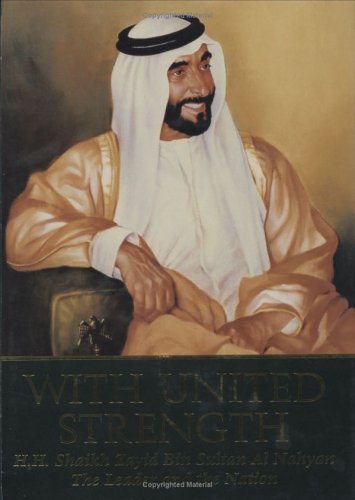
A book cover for With United Strength; ECSSR; History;